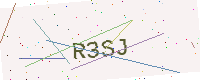
Text: R3SJ